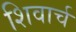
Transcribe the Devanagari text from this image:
शिवार्च